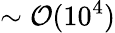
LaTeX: \sim\mathcal{O}(10^{4})